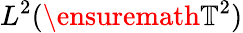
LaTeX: L^{2}(\ensuremath{\mathbb{T}}^{2})